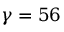
\gamma = 5 6